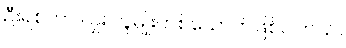
ဦးရစ်ဟာ ဂျူး လူမျိုးတစ်ယောက်ဖြစ်ပါတယ်။